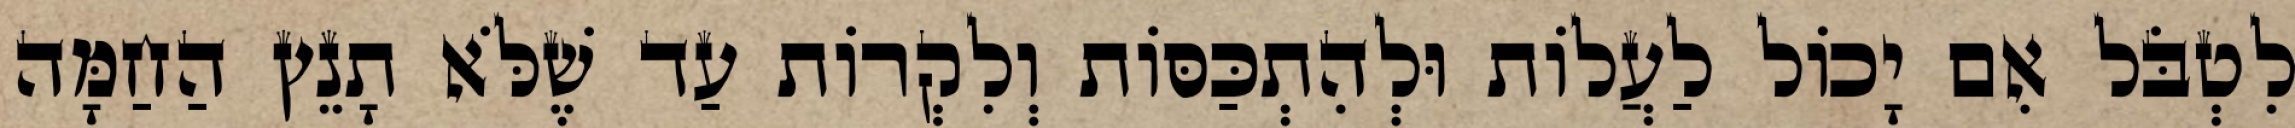
לִטְבֹּל אִם יָכוֹל לַעֲלוֹת וּלְהִתְכַּסּוֹת וְלִקְרוֹת עַד שֶׁלֹּא תָנֵץ הַחַמָּה